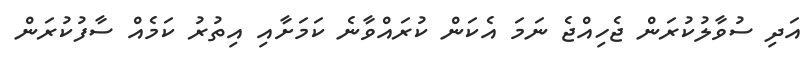
އަދި ސުވާލުކުރަން ޖެހިއްޖެ ނަމަ އެކަން ކުރައްވާނެ ކަމަށާއި އިތުރު ކަމެއް ސާފުކުރަން